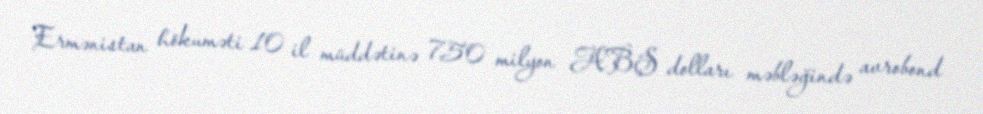
Ermənistan hökuməti 10 il müddətinə 750 milyon ABŞ dolları məbləğində avrobond